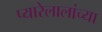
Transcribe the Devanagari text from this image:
प्यारेलालांच्या